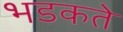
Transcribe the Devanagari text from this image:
भडकते